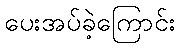
ပေးအပ်ခဲ့ကြောင်း